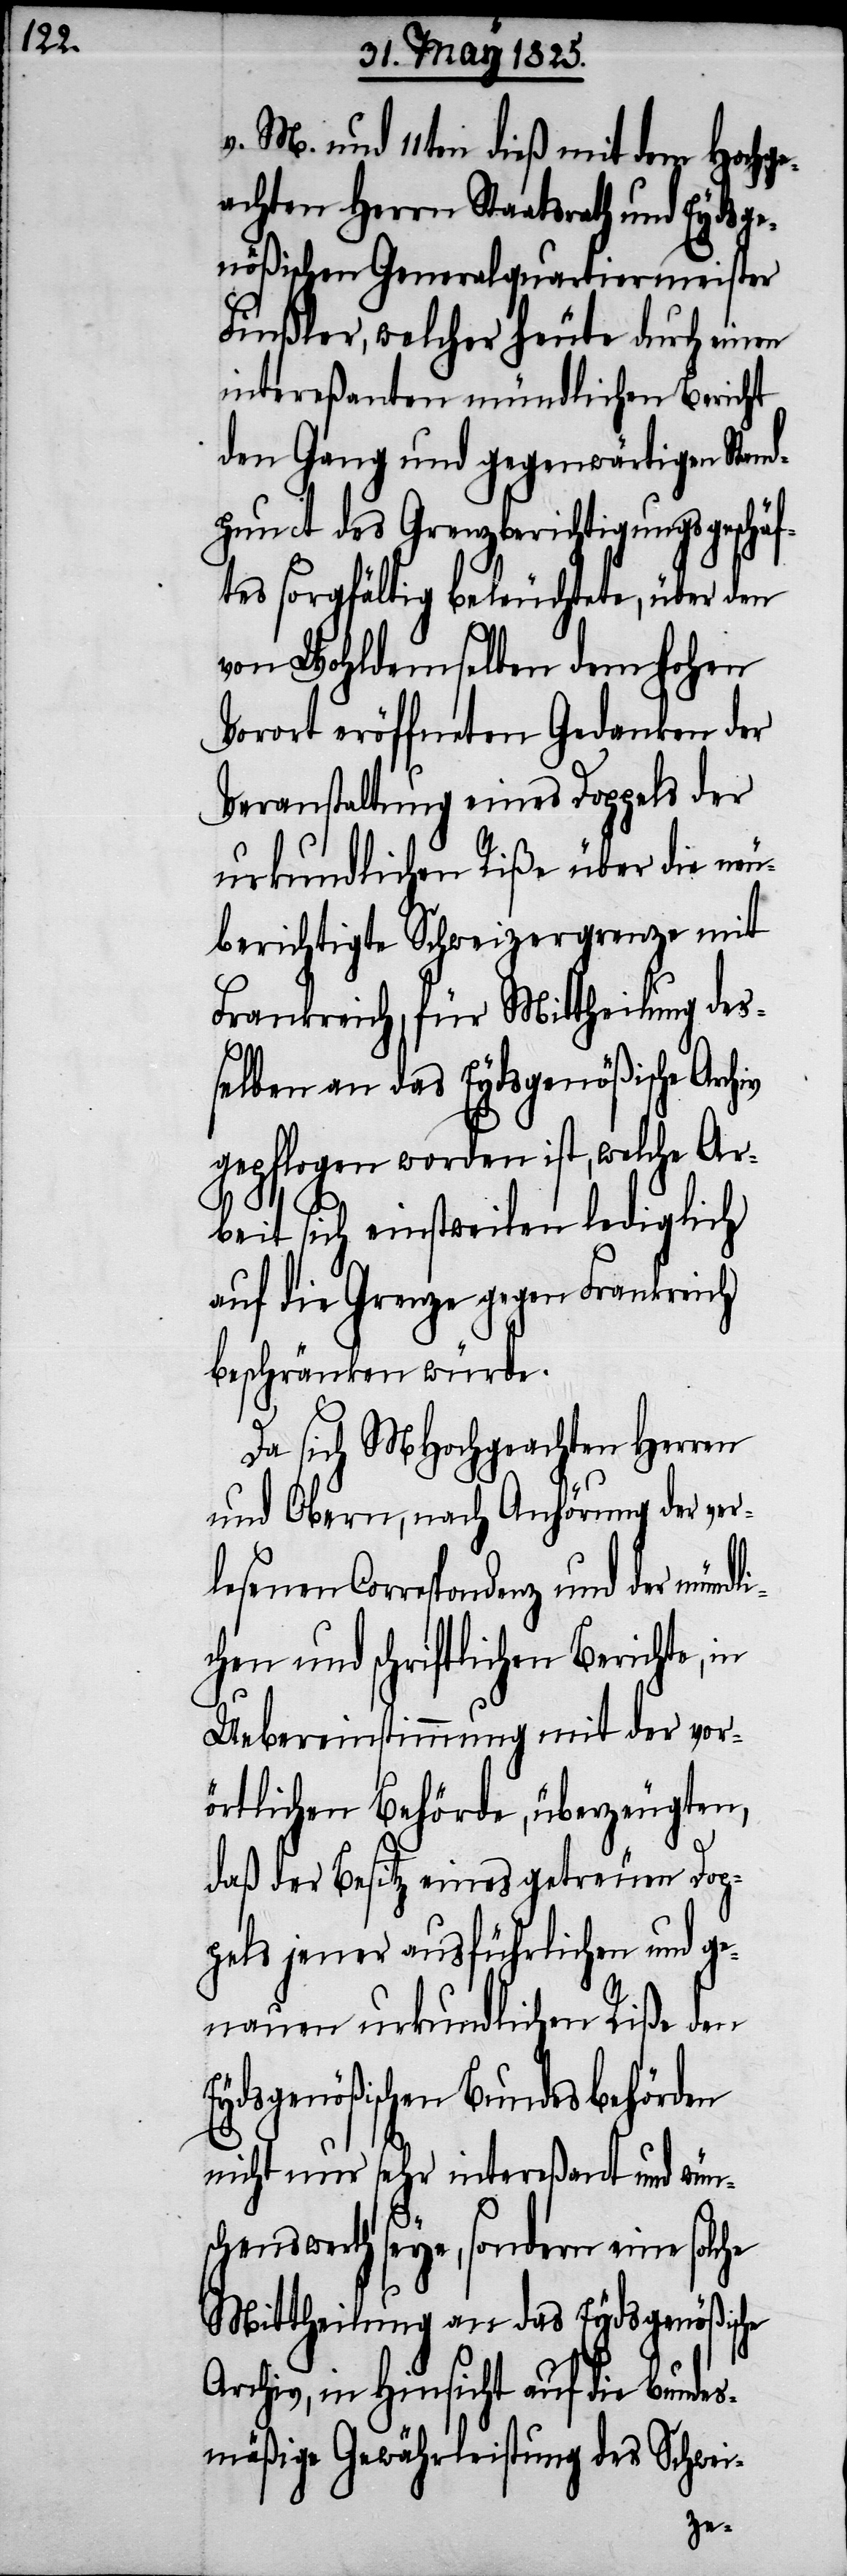
v. M. und 11ten dieß mit dem Hochge¬
achten Herrn Staatsrath und Eydsge¬
nößischen Generalquartiermeister
Finßler, welcher heute durch einen
intereßanten mündlichen Bericht
den Gang und gegenwärtigen Stand¬
punct des Grenzberichtigungsgeschäf¬
tes sorgfältig beleuchtete, über den
von Wohldemselben dem hohen
Vorort eröffneten Gedanken der
Veranstaltung eines Doppels der
urkundlichen Riße über die neu¬
berichtigte Schweizergrenze mit
Frankreich, für Mittheilung des¬
selben an das Eydsgenößische
gepflogen worden ist, welche Ar¬
beit sich einstweilen lediglich
auf die Grenze gegen Frankreich
beschränken würde.
Da sich MHochgeachten Herren
und Obern, nach Anhörung der ver¬
lesenen Correspondenz und
chen und schriftlichen Berichte, in
Uebereinstimmung mit der vor¬
örtlichen Behörde, überzeugten,
daß der Besitz eines getreuen Dop¬
pels jener ausführlichen und ge¬
nauen urkundlichen Riße der
Eydsgenößischen Bundesbehörden
nicht nur sehr intereßant und wün¬
schenswerth seye, sondern eine solche
Mittheilung an das Eydsgenößische
Archiv, in Hinsicht auf die Bundes¬
mäßige Gewährleistung des Schwei-
mündli¬